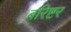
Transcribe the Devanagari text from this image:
बरिष्टर